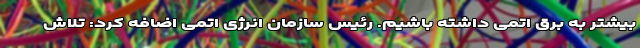
بیشتر به برق اتمی داشته باشیم. رئیس سازمان انرژی اتمی اضافه کرد: تلاش